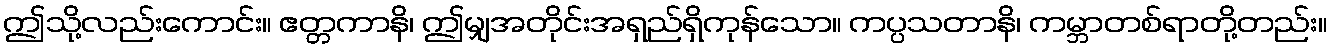
ဤသို့လည်းကောင်း။ ဧတ္တကာနိ၊ ဤမျှအတိုင်းအရှည်ရှိကုန်သော။ ကပ္ပသတာနိ၊ ကမ္ဘာတစ်ရာတို့တည်း။